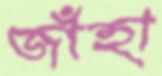
জাঁহা